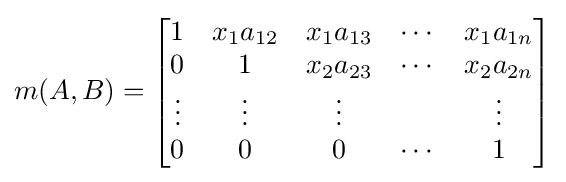
m(A,B)={\begin{bmatrix}1&x_{1}a_{12}&x_{1}a_{13}&\cdots &x_{1}a_{1n}\\0&1&x_{2}a_{23}&\cdots &x_{2}a_{2n}\\\vdots &\vdots &\vdots &&\vdots \\0&0&0&\cdots &1\end{bmatrix}}